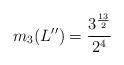
LaTeX: \begin{align*}m_3(L'')=\frac{3^\frac{13}{2}}{2^4}\end{align*}